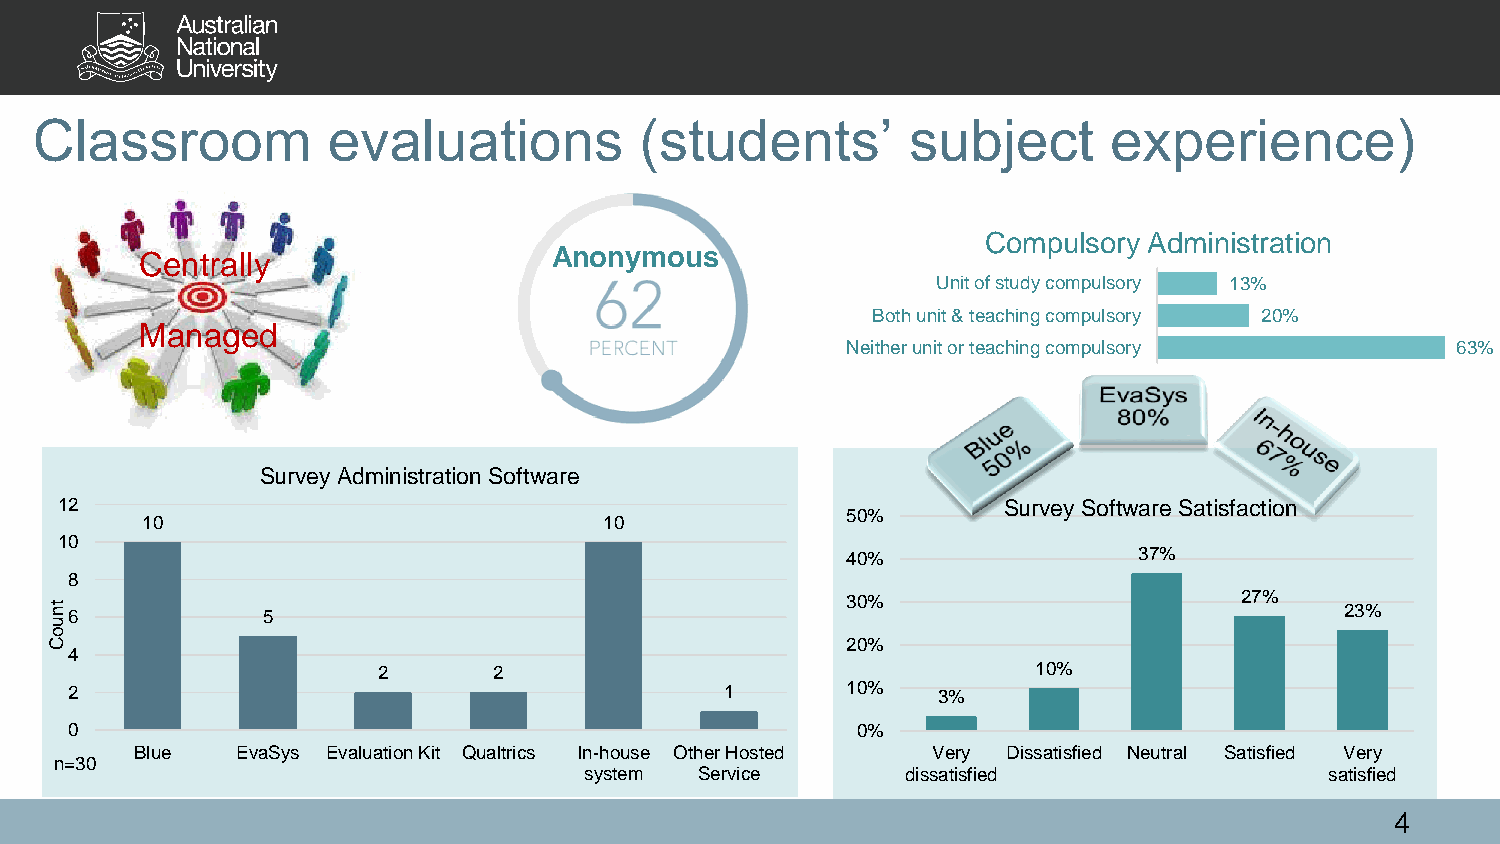
Classroom           evaluations         (students’        subject       experience)
 Compulsory Administration
 Centrally                   Anonymous
 Unit of study compulsory 13%
 Both unit & teaching compulsory 20%
 Managed
 Neither unit or teaching compulsory     63%
 Survey Administration Software
 12                                                            Survey Software Satisfaction
 50%
 10                             10
 10
 40%                37%
 8
 30%                       27%
 tn6           5                                                                       23%
 u
 o
 C                                                    20%
 4
 2       2                                   10%
 2                                          1       10%   3%
 0                                                   0%
 Blue   EvaSys Evaluation Kit Qualtrics In-house Other Hosted Very Dissatisfied Neutral Satisfied Very
 n=30
 system Service       dissatisfied                satisfied
 4